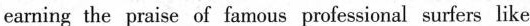
ea ning the praise of famous pnofessioual surfers like